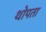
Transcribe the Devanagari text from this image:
थोपता